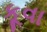
કૂવા